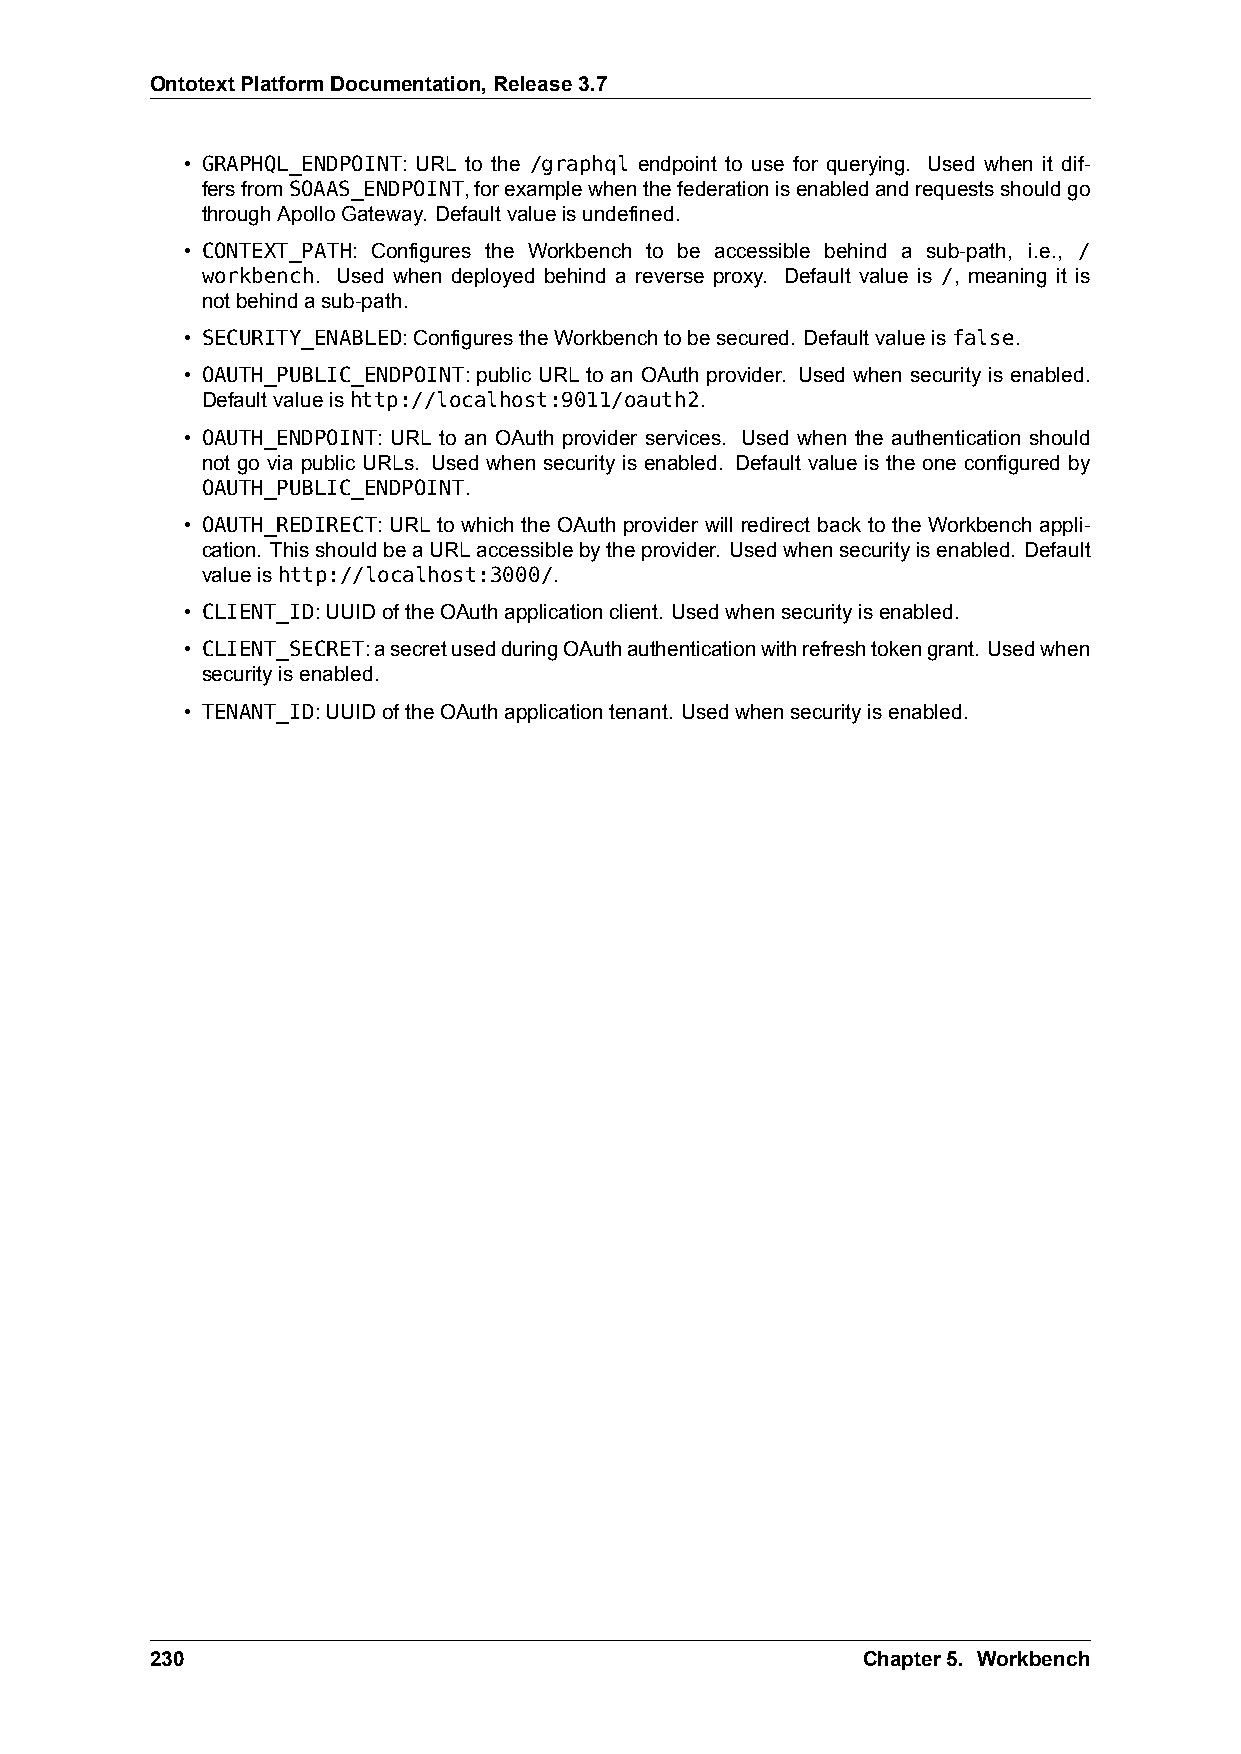
OntotextPlatformDocumentation,Release3.7
 • GRAPHQL_ENDPOINT: URL to the /graphql endpoint to use for querying. Used when it dif-
 fersfromSOAAS_ENDPOINT,forexamplewhenthefederationisenabledandrequestsshouldgo
 throughApolloGateway. Defaultvalueisundefined.
 • CONTEXT_PATH: Configures the Workbench to be accessible behind a sub-path, i.e., /
 workbench. Used when deployed behind a reverse proxy. Default value is /, meaning it is
 notbehindasub-path.
 • SECURITY_ENABLED:ConfigurestheWorkbenchtobesecured. Defaultvalueisfalse.
 • OAUTH_PUBLIC_ENDPOINT: public URL to an OAuth provider. Used when security is enabled.
 Defaultvalueishttp://localhost:9011/oauth2.
 • OAUTH_ENDPOINT: URL to an OAuth provider services. Used when the authentication should
 not go via public URLs. Used when security is enabled. Default value is the one configured by
 OAUTH_PUBLIC_ENDPOINT.
 • OAUTH_REDIRECT: URL to which the OAuth provider will redirect back to the Workbench appli-
 cation. ThisshouldbeaURLaccessiblebytheprovider. Usedwhensecurityisenabled. Default
 valueishttp://localhost:3000/.
 • CLIENT_ID:UUIDoftheOAuthapplicationclient. Usedwhensecurityisenabled.
 • CLIENT_SECRET:asecretusedduringOAuthauthenticationwithrefreshtokengrant. Usedwhen
 securityisenabled.
 • TENANT_ID:UUIDoftheOAuthapplicationtenant. Usedwhensecurityisenabled.
 230                                            Chapter5. Workbench